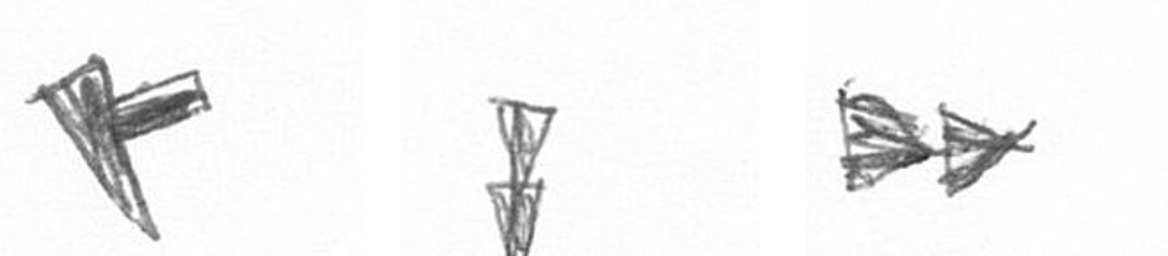
F Z A